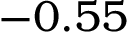
- 0 . 5 5